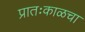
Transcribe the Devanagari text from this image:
प्रातःकाळचा